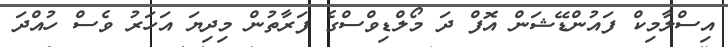
އިސްލާމިކް ފައުންޑޭޝަން އޮފް ދަ މޯލްޑިވްސްގެ ފަރާތުން މިދިޔަ އަހަރު ވެސް ހުއްދަ